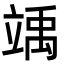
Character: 竬